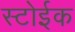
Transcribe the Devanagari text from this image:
स्टोईक